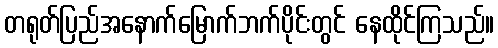
တရုတ်ပြည်အနောက်မြောက်ဘက်ပိုင်းတွင် နေထိုင်ကြသည်။